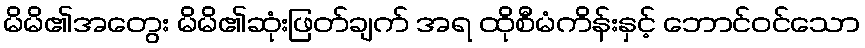
မိမိ၏အတွေး မိမိ၏ဆုံးဖြတ်ချက် အရ ထိုစီမံကိန်းနှင့် ဘောင်ဝင်သော